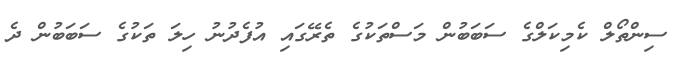
ސިންތޯލް ކެމިކަލްގެ ސަބަބުން މަސްތަކުގެ ތެރޭގައި އުފެދުނު ހިލަ ތަކުގެ ސަބަބުން ދެ